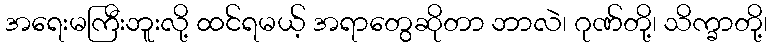
အရေးမကြီးဘူးလို့ ထင်ရမယ့် အရာတွေဆိုတာ ဘာလဲ၊ ဂုဏ်တို့၊ သိက္ခာတို့၊